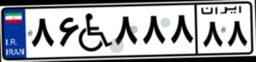
۸۶W۸۸۸۸۸